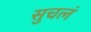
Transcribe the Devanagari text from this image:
सुचलं